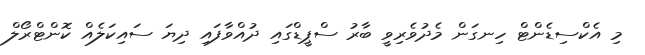
މި އެކްސިޑެންޓް ހިނގަން މެދުވެރިވީ ބާރު ސްޕީޑްގައި ދުއްވާފައި ދިޔަ ސައިކަލެއް ކޮންޓްރޯލް